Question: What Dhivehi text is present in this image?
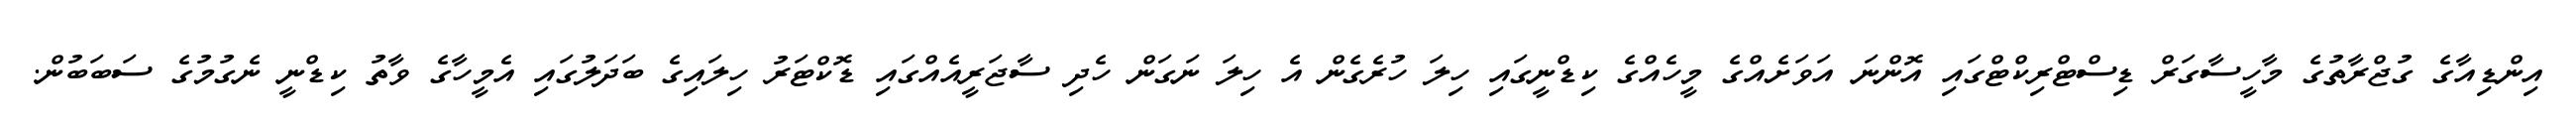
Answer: އިންޑިއާގެ ގުޖްރާތުގެ މާހީސާގަރް ޑިސްޓްރިކްޓްގައި އޮންނަ އަވަށެއްގެ މީހެއްގެ ކިޑްނީގައި ހިލަ ހުރެގެން އެ ހިލަ ނަގަން ހެދި ސާޖަރީއެއްގައި ޑޮކްޓަރު ހިލައިގެ ބަދަލުގައި އެމީހާގެ ވާތު ކިޑްނީ ނެގުމުގެ ސަބަބުން.